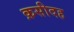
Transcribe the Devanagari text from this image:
क़सीदह